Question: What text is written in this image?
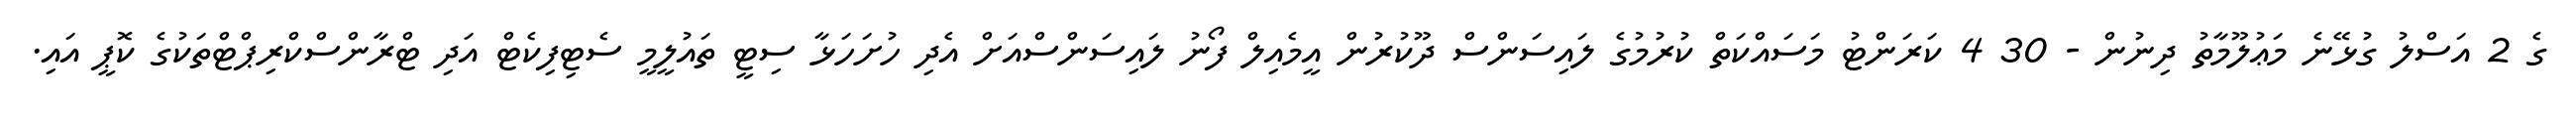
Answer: ގެ 2 އަސްލު ގުޅޭނެ މަޢުލޫމާތު ދިނުން - 30 4 ކަރަންޓު މަސައްކަތް ކުރުމުގެ ލައިސަންސް ދޫކުރުން އީމެއިލް ފޯނު ލައިސަންސްއަށް އެދި ހުށަހަޅާ ސިޓީ ތައުލީމީ ސެޓިފިކެޓް އަދި ޓްރާންސްކްރިޕްޓްތަކުގެ ކޮޕީ އައި.